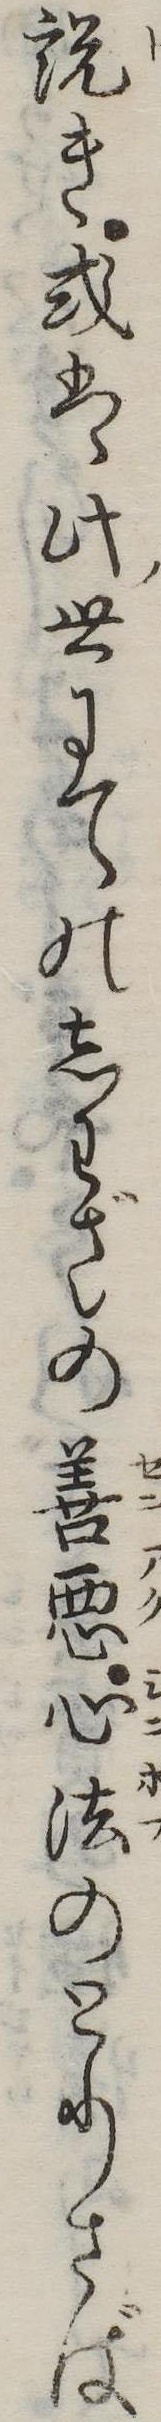
説き或は此世にてのしわざの善悪心法のとりさば